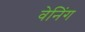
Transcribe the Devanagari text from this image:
वेनिंग